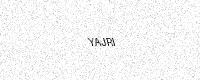
Text: YAJRI